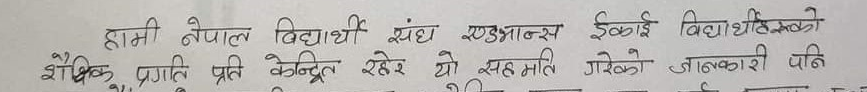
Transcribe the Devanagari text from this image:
हामी नेपाल विद्यार्थी संघ एडभान्स इकाई विद्यार्थीहरुको
शैक्षिक प्रगति प्रति केन्द्रित रहेर यो सहमती गरेको जानकारी पनि